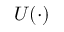
U ( \cdot )